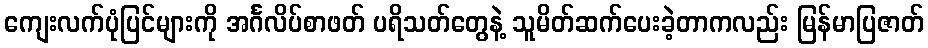
ကျေးလက်ပုံပြင်များကို အင်္ဂလိပ်စာဖတ် ပရိသတ်တွေနဲ့ သူမိတ်ဆက်ပေးခဲ့တာကလည်း မြန်မာပြဇာတ်